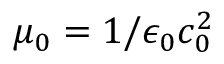
\mu _ { 0 } = 1 / \epsilon _ { 0 } c _ { 0 } ^ { 2 }